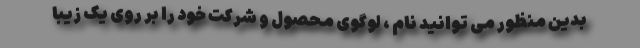
بدین منظور می توانید نام ، لوگوی محصول و شرکت خود را بر روی یک زیبا